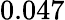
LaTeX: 0.047